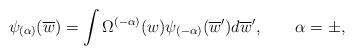
LaTeX: \begin{align*}\psi _{(\alpha )}(\overline{w})=\int \Omega ^{(-\alpha )}(w)\psi _{(-\alpha)}(\overline{w}^{\prime })d\overline{w}^{\prime },\qquad \alpha =\pm ,\end{align*}